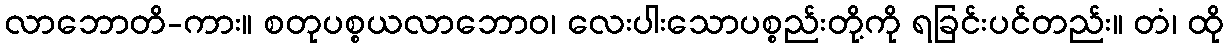
လာဘောတိ-ကား။ စတုပစ္စယလာဘောဝ၊ လေးပါးသောပစ္စည်းတို့ကို ရခြင်းပင်တည်း။ တံ၊ ထို